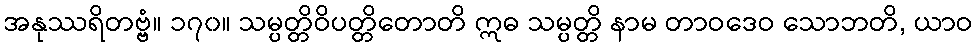
အနုဿရိတဗ္ဗံ။ ၁၇၀။ သမ္ပတ္တိဝိပတ္တိတောတိ ဣဓ သမ္ပတ္တိ နာမ တာဝဒေဝ သောဘတိ, ယာဝ